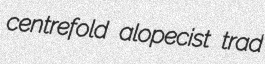
centrefold alopecist trad